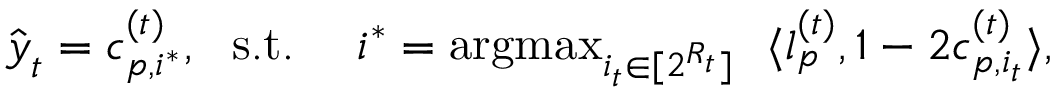
\begin{array} { r } { \hat { \boldsymbol { y } } _ { t } = \boldsymbol { c } _ { p , i ^ { * } } ^ { ( t ) } , ~ ~ \mathrm { s . t . } ~ ~ ~ ~ i ^ { * } = \operatorname * { a r g m a x } _ { i _ { t } \in [ 2 ^ { R _ { t } } ] } ~ ~ \langle \boldsymbol { l } _ { p } ^ { ( t ) } , 1 - 2 { \boldsymbol { c } _ { p , i _ { t } } ^ { ( t ) } } \rangle , } \end{array}